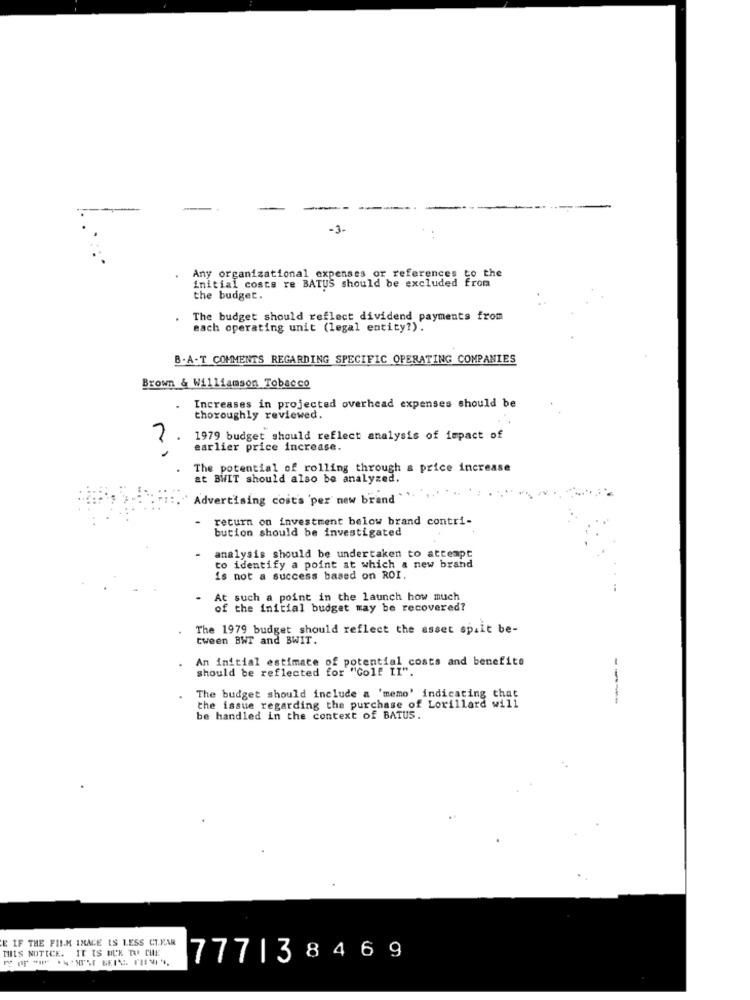
-3-
Any organizational expenses or references to the
initial costa re BATUS should be excluded from
the budget.
The budget should reflect dividend payments from
each operating unit (legal entity?).
B.A.T COMMENTS REGARDING SPECIFIC OPERATING COMPANIES
Brown & Williamson Tobacco
Increases in projected overhead expenses should be
thoroughly reviewed.
?
1979 budget should reflect analysis of impact of
earlier price increase.
The potential of rolling through a price increase
at BWIT should also be analyzed.
Advertising cost's 'per new brand
-
return on investment below brand contri-
bution should be investigated
analysis should be undertaken to attempt
to identify a point at which a new brand
is not a success based on ROI.
At such a point in the launch how much
of the initial budget may be recovered?
The 1979 budget should reflect the asset sp.it be-
tween BWT and BWIT.
An initial estimate of potential costs and benefits
should be reflected for "Golf II".
the issue regarding the purchase of Lorillard will
The budget should include a 'memo' indicating that
---
be handled in the context of BATUS.
E IF THE FILM INAGE IS LESS CLEAR
THIS NOTICE. IT IS DUE TO THE
77713
8 46 9